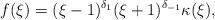
LaTeX: \begin{align*}f(\xi) = (\xi-1)^{\delta_1}(\xi+1)^{\delta_{-1}} \kappa(\xi),\end{align*}